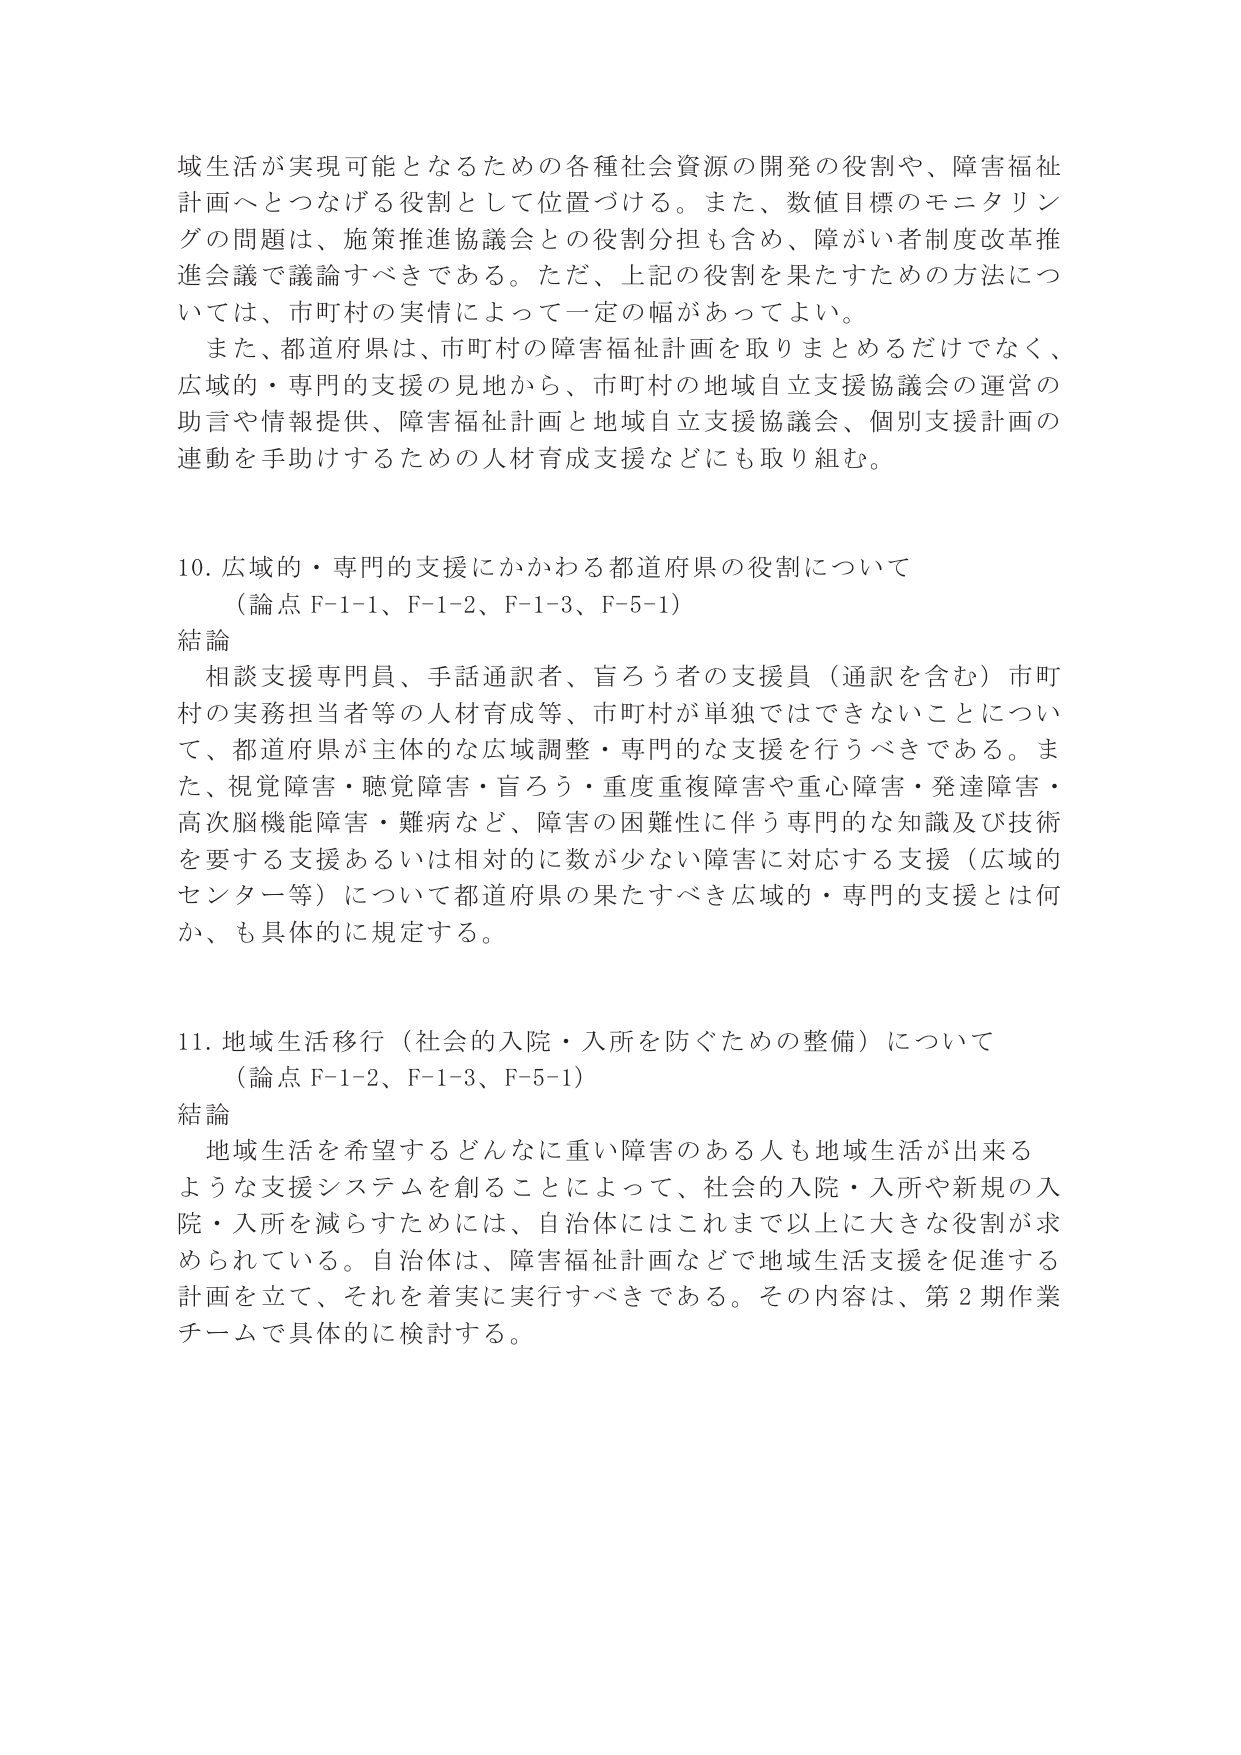
域生活が実現可能となるための各種社会資源の開発の役割や、障害福祉計画へとつなげる役割として位置づける。また、数値目標のモニタリングの問題は、施策推進協議会との役割分担も含め、障がい者制度改革推進会議で議論すべきである。ただ、上記の役割を果たすための方法については、市町村の実情によって一定の幅があってよい。

また、都道府県は、市町村の障害福祉計画を取りまとめるだけではなく、広域的・専門的支援の見地から、市町村の地域自立支援協議会の運営の助言や情報提供、障害福祉計画と地域自立支援協議会、個別支援計画の連動を手助けするための人材育成支援などにも取り組む。

10. 広域的・専門的支援にかかわる都道府県の役割について
（論点 F-1-1、F-1-2、F-1-3、F-5-1）
結論
相談支援専門員、手話通訳者、盲ろう者の支援員（通訳を含む）市町村の実務担当者等の人材育成等、市町村が単独ではできないことについて、都道府県が主体的な広域調整・専門的な支援を行うべきである。また、視覚障害・聴覚障害・盲ろう・重度重複障害や重心障害・発達障害・高次脳機能障害・難病など、障害の困難性に伴う専門的な知識及び技術を要する支援あるいは相対的に数が少ない障害に対応する支援（広域的センター等）について都道府県の果たすべき広域的・専門的支援とは何か、も具体的に規定する。

11. 地域生活移行（社会的入院・入所を防ぐための整備）について
（論点 F-1-2、F-1-3、F-5-1）
結論
地域生活を希望するどんなに重い障害のある人も地域生活が出来るような支援システムを創ることによって、社会的入院・入所や新規の入院・入所を減らすためには、自治体にはこれまで以上に大きな役割が求められている。自治体は、障害福祉計画などで地域生活支援を促進する計画を立て、それを着実に実行すべきである。その内容は、第2期作業チームで具体的に検討する。